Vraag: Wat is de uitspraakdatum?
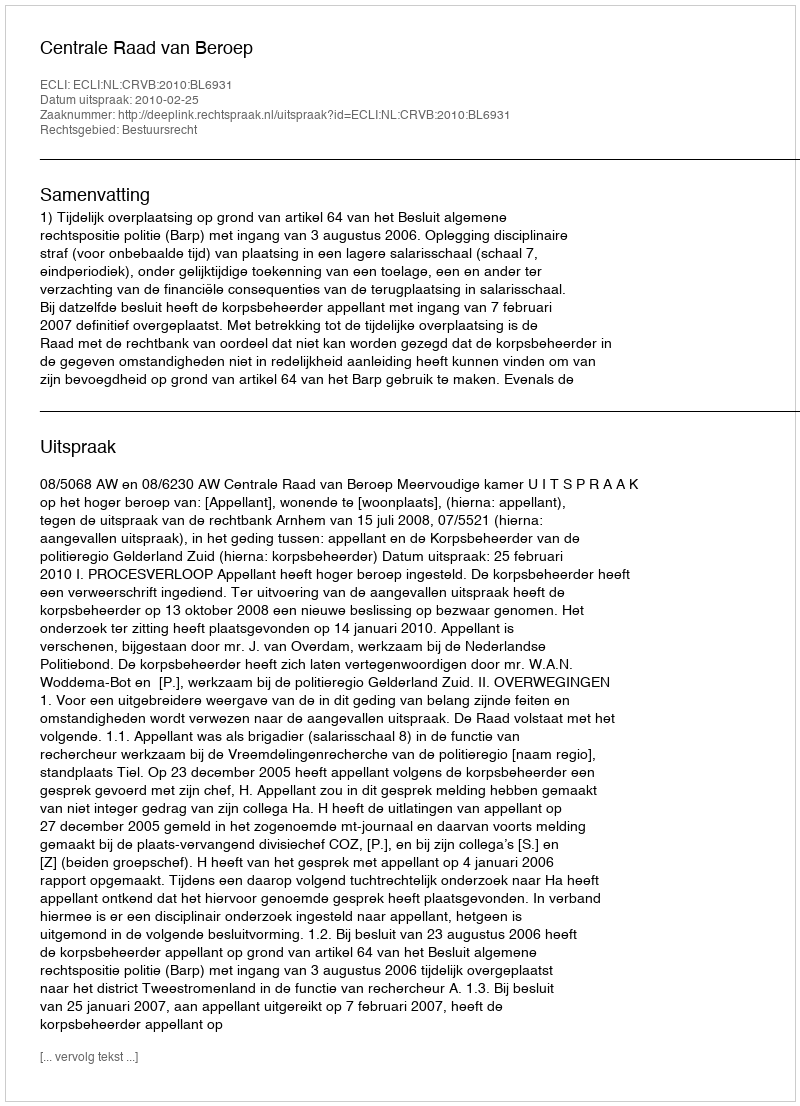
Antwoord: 2010-02-25